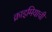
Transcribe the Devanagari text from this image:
क्राइमियाची